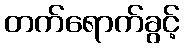
တက်ရောက်ခွင့်